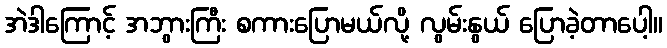
အဲဒါကြောင့် အဘွားကြီး စကားပြောမယ်လို့ လွမ်းနွယ် ပြောခဲ့တာပေါ့။